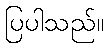
ပြပါသည်။